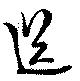
送